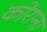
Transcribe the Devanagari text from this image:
कोराना